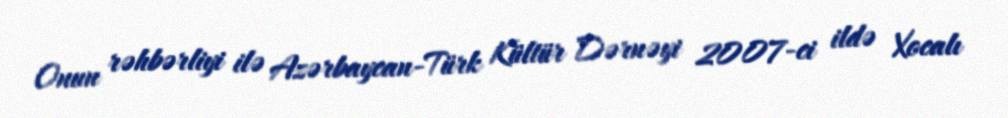
Onun rəhbərliyi ilə Azərbaycan-Türk Kültür Dərnəyi 2007-ci ildə Xocalı